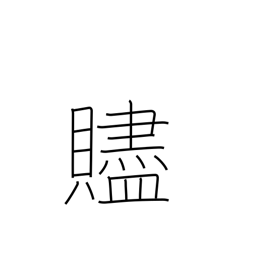
Meaning: parting gift